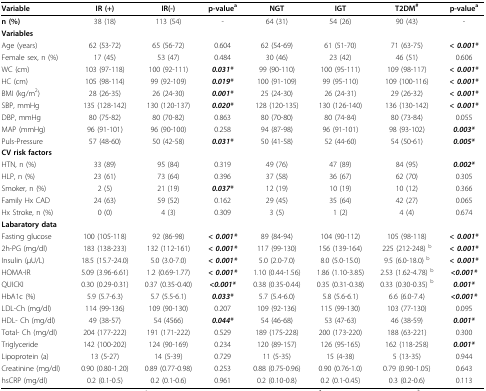
<table><thead><tr><td><b>Variable</b></td><td><b>IR (+)</b></td><td><b>IR(-)</b></td><td><b>p-value<sup>a</sup></b></td><td><b>NGT</b></td><td><b>IGT</b></td><td><b>T2DM<sup>#</sup></b></td><td><b>p-value<sup>a</sup></b></td></tr></thead><tbody><tr><td><b>n (%)</b></td><td>38 (18)</td><td>113 (54)</td><td>-</td><td>64 (31)</td><td>54 (26)</td><td>90 (43)</td><td>-</td></tr><tr><td><b>Variables</b></td><td></td><td></td><td></td><td></td><td></td><td></td><td></td></tr><tr><td>Age (years)</td><td>62 (53-72)</td><td>65 (56-72)</td><td>0.604</td><td>62 (54-69)</td><td>61 (51-70)</td><td>71 (63-75)</td><td><b><i>&lt; 0.001*</i></b></td></tr><tr><td>Female sex, n (%)</td><td>17 (45)</td><td>53 (47)</td><td>0.484</td><td>30 (46)</td><td>23 (42)</td><td>46 (51)</td><td>0.606</td></tr><tr><td>WC (cm)</td><td>103 (97-118)</td><td>100 (92-111)</td><td><b><i>0.031*</i></b></td><td>99 (90-110)</td><td>100 (95-111)</td><td>109 (98-117)</td><td><b><i>&lt; 0.001*</i></b></td></tr><tr><td>HC (cm)</td><td>105 (98-114)</td><td>99 (92-109)</td><td><b><i>0.019*</i></b></td><td>100 (91-109)</td><td>99 (95-110)</td><td>109 (100-116)</td><td><b><i>&lt; 0.001*</i></b></td></tr><tr><td>BMI (kg/m<sup>2</sup>)</td><td>28 (26-35)</td><td>26 (24-30)</td><td><b><i>0.001*</i></b></td><td>25 (24-30)</td><td>26 (24-31)</td><td>29 (26-32)</td><td><b><i>&lt; 0.001*</i></b></td></tr><tr><td>SBP, mmHg</td><td>135 (128-142)</td><td>130 (120-137)</td><td><b><i>0.020*</i></b></td><td>128 (120-135)</td><td>130 (126-140)</td><td>136 (130-142)</td><td><b><i>&lt; 0.001*</i></b></td></tr><tr><td>DBP, mmHg</td><td>80 (75-82)</td><td>80 (70-82)</td><td>0.863</td><td>80 (70-80)</td><td>80 (74-84)</td><td>80 (73-84)</td><td>0.055</td></tr><tr><td>MAP (mmHg)</td><td>96 (91-101)</td><td>96 (90-100)</td><td>0.258</td><td>94 (87-98)</td><td>96 (91-101)</td><td>98 (93-102)</td><td><b><i>0.003*</i></b></td></tr><tr><td>Puls-Pressure</td><td>57 (48-60)</td><td>50 (42-58)</td><td><b><i>0.031*</i></b></td><td>50 (41-58)</td><td>52 (44-60)</td><td>54 (50-61)</td><td><b><i>0.005*</i></b></td></tr><tr><td><b>CV risk factors</b></td><td></td><td></td><td></td><td></td><td></td><td></td><td></td></tr><tr><td>HTN, n (%)</td><td>33 (89)</td><td>95 (84)</td><td>0.319</td><td>49 (76)</td><td>47 (89)</td><td>84 (95)</td><td><b><i>0.002*</i></b></td></tr><tr><td>HLP, n (%)</td><td>23 (61)</td><td>73 (64)</td><td>0.396</td><td>37 (58)</td><td>36 (67)</td><td>62 (70)</td><td>0.305</td></tr><tr><td>Smoker, n (%)</td><td>2 (5)</td><td>21 (19)</td><td><b><i>0.037*</i></b></td><td>12 (19)</td><td>10 (19)</td><td>10 (12)</td><td>0.366</td></tr><tr><td>Family Hx CAD</td><td>24 (63)</td><td>59 (52)</td><td>0.162</td><td>29 (45)</td><td>35 (64)</td><td>42 (27)</td><td>0.065</td></tr><tr><td>Hx Stroke, n (%)</td><td>0 (0)</td><td>4 (3)</td><td>0.309</td><td>3 (5)</td><td>1 (2)</td><td>4 (4)</td><td>0.674</td></tr><tr><td><b>Labaratory data</b></td><td></td><td></td><td></td><td></td><td></td><td></td><td></td></tr><tr><td>Fasting glucose</td><td>100 (105-118)</td><td>92 (86-98)</td><td><b><i>&lt; 0.001*</i></b></td><td>89 (84-94)</td><td>104 (90-112)</td><td>105 (98-118)</td><td><b><i>&lt; 0.001*</i></b></td></tr><tr><td>2h-PG (mg/dl)</td><td>183 (138-233)</td><td>132 (112-161)</td><td><b><i>&lt; 0.001*</i></b></td><td>117 (99-130)</td><td>156 (139-164)</td><td>225 (212-248) <sup>b</sup></td><td><b><i>&lt; 0.001*</i></b></td></tr><tr><td>Insulin (μU/L)</td><td>18.5 (15.7-24.0)</td><td>5.0 (3.0-7.0)</td><td><b><i>&lt; 0.001*</i></b></td><td>5.0 (2.0-7.0)</td><td>8.0 (5.0-15.0)</td><td>9.5 (6.0-18.0) <sup>b</sup></td><td><b><i>&lt; 0.001*</i></b></td></tr><tr><td>HOMA-IR</td><td>5.09 (3.96-6.61)</td><td>1.2 (0.69-1.77)</td><td><b><i>&lt; 0.001*</i></b></td><td>1.10 (0.44-1.56)</td><td>1.86 (1.10-3.85)</td><td>2.53 (1.62-4.78) <sup>b</sup></td><td><b><i>&lt;0.001*</i></b></td></tr><tr><td>QUICKI</td><td>0.30 (0.29-0.31)</td><td>0.37 (0.35-0.40)</td><td><b><i>&lt;0.001*</i></b></td><td>0.38 (0.35-0.44)</td><td>0.35 (0.31-0.38)</td><td>0.33 (0.30-0.35) <sup>b</sup></td><td><b><i>0.001*</i></b></td></tr><tr><td>HbA1c (%)</td><td>5.9 (5.7-6.3)</td><td>5.7 (5.5-6.1)</td><td><b><i>0.033*</i></b></td><td>5.7 (5.4-6.0)</td><td>5.8 (5.6-6.1)</td><td>6.6 (6.0-7.4)</td><td><b><i>&lt;0.001*</i></b></td></tr><tr><td>LDL-Ch (mg/dl)</td><td>114 (99-136)</td><td>109 (90-130)</td><td>0.207</td><td>109 (92-136)</td><td>115 (99-130)</td><td>103 (77-130)</td><td>0.095</td></tr><tr><td>HDL- Ch (mg/dl)</td><td>49 (38-57)</td><td>54 (4566)</td><td><b><i>0.044*</i></b></td><td>54 (46-68)</td><td>53 (47-63)</td><td>46 (38-59)</td><td><b><i>0.001*</i></b></td></tr><tr><td>Total- Ch (mg/dl)</td><td>204 (177-222)</td><td>191 (171-222)</td><td>0.529</td><td>189 (175-228)</td><td>200 (173-220)</td><td>188 (63-221)</td><td>0.300</td></tr><tr><td>Triglyceride</td><td>142 (100-202)</td><td>124 (90-169)</td><td>0.234</td><td>120 (89-157)</td><td>126 (95-165)</td><td>162 (118-258)</td><td><b><i>0.001*</i></b></td></tr><tr><td>Lipoprotein (a)</td><td>13 (5-27)</td><td>14 (5-39)</td><td>0.729</td><td>11 (5-35)</td><td>15 (4-38)</td><td>5 (13-35)</td><td>0.944</td></tr><tr><td>Creatinine (mg/dl)</td><td>0.90 (0.80-1.20)</td><td>0.89 (0.77-0.98)</td><td>0.253</td><td>0.88 (0.75-0.96)</td><td>0.90 (0.76-1.0)</td><td>0.79 (0.90-1.05)</td><td>0.643</td></tr><tr><td>hsCRP (mg/dl)</td><td>0.2 (0.1-0.5)</td><td>0.2 (0.1-0.6)</td><td>0.961</td><td>0.2 (0.10-0.8)</td><td>0.2 (0.1-0.45)</td><td>0.3 (0.2-0.6)</td><td>0.113</td></tr></tbody></table>